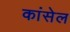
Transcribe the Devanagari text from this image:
कांसेल